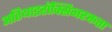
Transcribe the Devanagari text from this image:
अतिथाइरॉक्सिनरक्तता